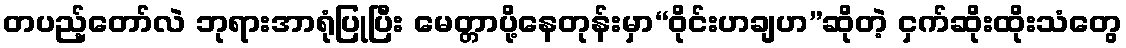
တပည့်တော်လဲ ဘုရားအာရုံပြုပြီး မေတ္တာပို့နေတုန်းမှာ“ဝိုင်းဟချဟ”ဆိုတဲ့ ငှက်ဆိုးထိုးသံတွေ